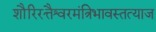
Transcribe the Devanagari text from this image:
शौरिरत्तैश्वरमंत्रिभावस्तत्याज